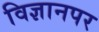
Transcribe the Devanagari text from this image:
विज्ञानपर